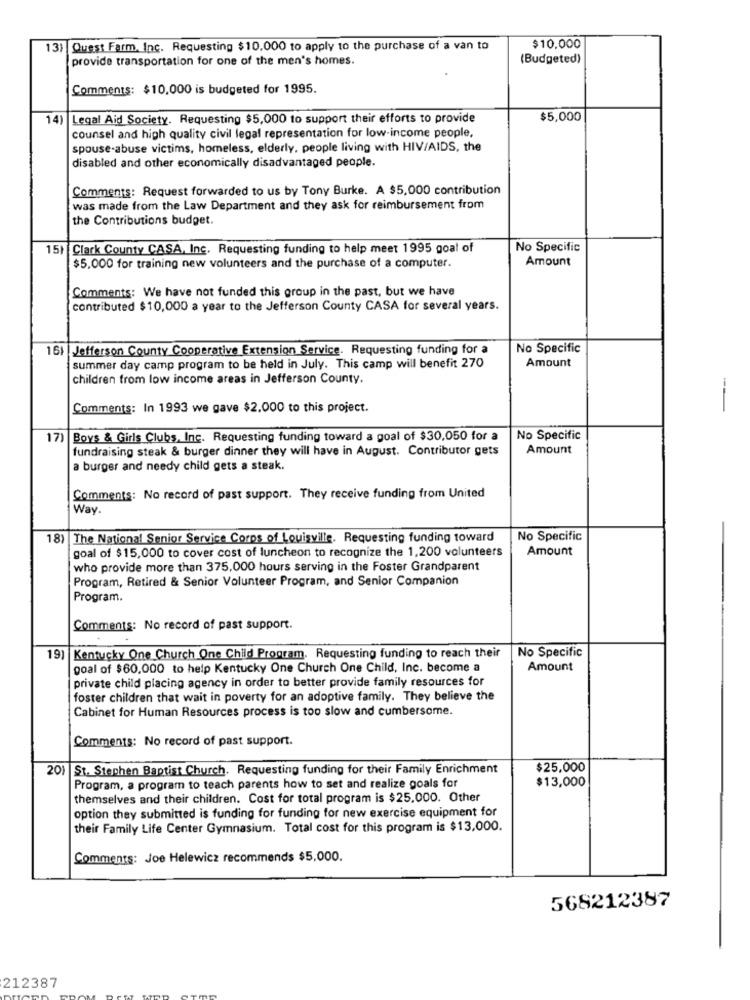
13)
Quest Farm, Inc. Requesting $10,000 to apply to the purchase of a van to
$10,000
provide transportation for one of the men's homes.
(Budgeted)
Comments: $10,000 is budgeted for 1995.
14) Legal Aid Society. Requesting $5,000 to support their efforts to provide
$5,000
counsel and high quality civil legal representation for low-income people,
spouse-abuse victims, homeless, elderly, people living with HIV/AIDS, the
disabled and other economically disadvantaged people.
Comments: Request forwarded to us by Tony Burke. A $5,000 contribution
was made from the Law Department and they ask for reimbursement from
the Contributions budget.
15) Clark County CASA, Inc. Requesting funding to help meet 1995 goal of
No Specific
Amount
$5,000 for training new volunteers and the purchase of a computer.
Comments: We have not funded this group in the past, but we have
contributed $10,000 a year to the Jefferson County CASA for several years.
16+ Jefferson County Cooperative Extension Service. Requesting funding for a
No Specific
summer day camp program to be held in July. This camp will benefit 270
Amount
children from low income areas in Jefferson County.
Comments: In 1993 we gave $2.000 to this project.
--
17)
Boys & Girls Clubs, Inc. Requesting funding toward a goal of $30,050 for a
No Specific
fundraising steak & burger dinner they will have in August. Contributor gets
Amount
a burger and needy child gets a steak.
Comments: No record of past support. They receive funding from United
Way.
18) The National Senior Service Corps of Louisville. Requesting funding toward
No Specific
goal of $15,000 to cover cost of luncheon to recognize the 1,200 volunteers
Amount
who provide more than 375,000 hours serving in the Foster Grandparent
Program, Retired & Senior Volunteer Program, and Senior Companion
Program.
Comments: No record of past support.
19) Kentucky One Church One Child Program. Requesting funding to reach their
No Specific
goal of $60.000 to help Kentucky One Church One Child, Inc. become a
Amount
| private child placing agency in order to better provide family resources for
foster children that wait in poverty for an adoptive family. They believe the
Cabinet for Human Resources process is too slow and cumbersome.
Comments: No record of past support.
201 St. Stephen Baptist Church. Requesting funding for their Family Enrichment
$25.000
$13,000
Program, a program to teach parents how to set and realize goals for
themselves and their children. Cost for total program is $25.000. Other
option they submitted is funding for funding for new exercise equipment for
their Family Life Center Gymnasium. Total cost for this program is $13,000.
Comments: Joe Helewicz recommends $5,000.
568212387
212387